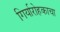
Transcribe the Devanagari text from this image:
गिर्यारोहकाचा